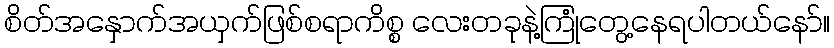
စိတ်အနှောက်အယှက်ဖြစ်စရာကိစ္စ လေးတခုနဲ့ကြုံတွေ့နေရပါတယ်နော်။